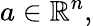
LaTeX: a\in\mathbb{R}^{n},